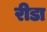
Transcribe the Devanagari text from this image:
रीडा